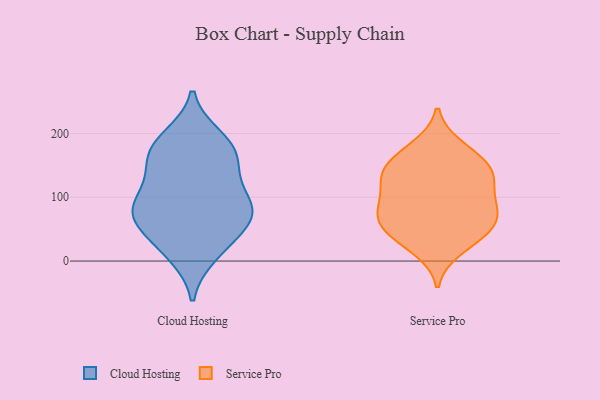
{"axis": {"x": "Market Share (%)", "y": "Value"}, "legend": ["Cloud Hosting", "Service Pro"], "data": [{"x": "", "y": 18, "type": "Cloud Hosting"}, {"x": "", "y": 83, "type": "Cloud Hosting"}, {"x": "", "y": 179, "type": "Cloud Hosting"}, {"x": "", "y": 70, "type": "Cloud Hosting"}, {"x": "", "y": 71, "type": "Cloud Hosting"}, {"x": "", "y": 134, "type": "Cloud Hosting"}, {"x": "", "y": 155, "type": "Cloud Hosting"}, {"x": "", "y": 183, "type": "Cloud Hosting"}, {"x": "", "y": 66, "type": "Cloud Hosting"}, {"x": "", "y": 85, "type": "Cloud Hosting"}, {"x": "", "y": 10, "type": "Cloud Hosting"}, {"x": "", "y": 163, "type": "Cloud Hosting"}, {"x": "", "y": 194, "type": "Cloud Hosting"}, {"x": "", "y": 41, "type": "Cloud Hosting"}, {"x": "", "y": 85, "type": "Cloud Hosting"}, {"x": "", "y": 115, "type": "Cloud Hosting"}, {"x": "", "y": 45, "type": "Service Pro"}, {"x": "", "y": 132, "type": "Service Pro"}, {"x": "", "y": 38, "type": "Service Pro"}, {"x": "", "y": 69, "type": "Service Pro"}, {"x": "", "y": 148, "type": "Service Pro"}, {"x": "", "y": 179, "type": "Service Pro"}, {"x": "", "y": 169, "type": "Service Pro"}, {"x": "", "y": 143, "type": "Service Pro"}, {"x": "", "y": 52, "type": "Service Pro"}, {"x": "", "y": 87, "type": "Service Pro"}, {"x": "", "y": 19, "type": "Service Pro"}, {"x": "", "y": 97, "type": "Service Pro"}, {"x": "", "y": 68, "type": "Service Pro"}, {"x": "", "y": 82, "type": "Service Pro"}, {"x": "", "y": 123, "type": "Service Pro"}, {"x": "", "y": 135, "type": "Service Pro"}]}